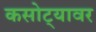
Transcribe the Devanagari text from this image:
कसोट्यावर